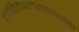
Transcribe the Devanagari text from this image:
वांछितफलमवाप्नोति